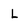
Character: L